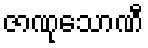
ဇာဏုသောဏီ